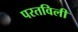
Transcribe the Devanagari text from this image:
परतविली